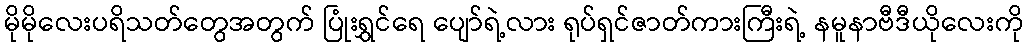
မိုမိုလေးပရိသတ်တွေအတွက် ပြုံးရွှင်ရေ ပျော်ရဲ့လား ရုပ်ရှင်ဇာတ်ကားကြီးရဲ့ နမူနာဗီဒီယိုလေးကို